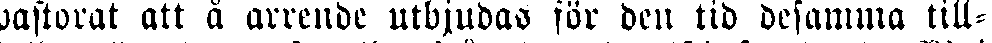
pastorat att å arrende utbjudas för den tid desamma till-